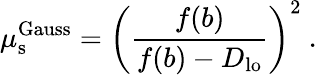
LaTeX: \mu_{\mathrm{s}}^{\mathrm{Gauss}}=\left(\frac{f(b)}{f(b)-D_{\mathrm{lo}}}\right)^{2}\ .